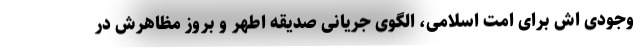
وجودی اش برای امت اسلامی، الگوی جریانیِ صدیقه اطهر و بروز مظاهرش در